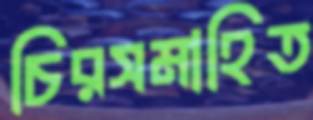
চিরসমাহিত